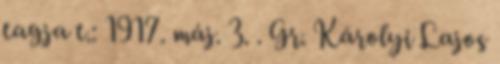
tagja t.: 1917. máj. 3. . Gr. Károlyi Lajos